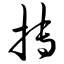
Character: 抟